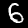
Digit: 6